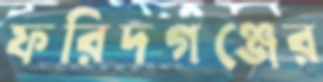
ফরিদগঞ্জের